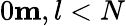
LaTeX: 0\le m,l<N